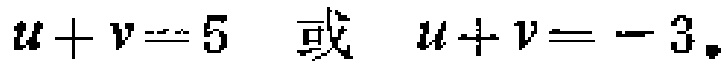
\(u + v = 5 \ 或 \ u + v = - 3\)